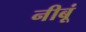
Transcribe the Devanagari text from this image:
नीबूं